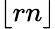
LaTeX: \lfloor rn\rfloor